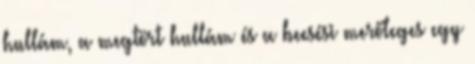
hullám, a megtört hullám és a beesési merőleges egy